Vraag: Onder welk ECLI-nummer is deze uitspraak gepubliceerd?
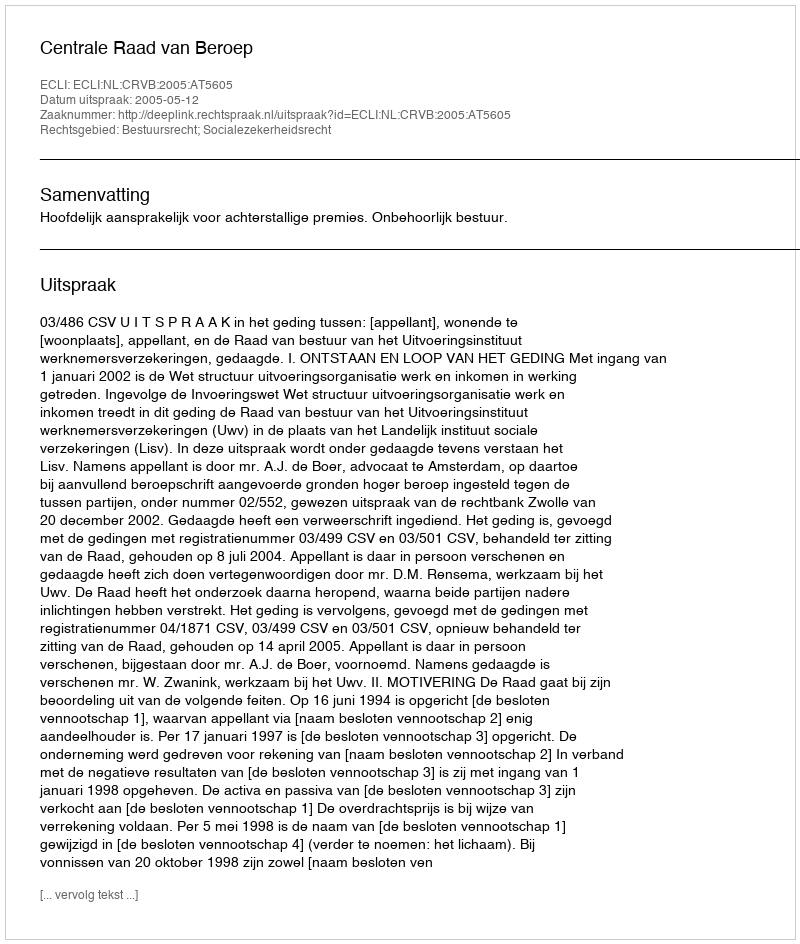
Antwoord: ECLI:NL:CRVB:2005:AT5605